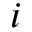
i